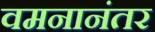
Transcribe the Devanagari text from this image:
वमनानंतर